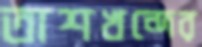
তাশখন্দের